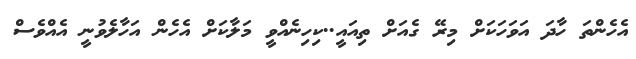
އެހެންތަ ހާދަ އަވަހަކަށް މިރޭ ގެއަށް ތިއައީ..ކިހިނެއްވީ މަލާކަށް އެހެން އަހާލެވުނީ އެއްވެސް